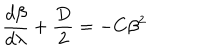
LaTeX: \frac { d \beta } { d \lambda } + \frac { D } { 2 } = - C \beta ^ { 2 }